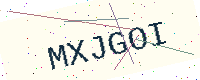
Text: MXJGOI